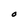
Character: O